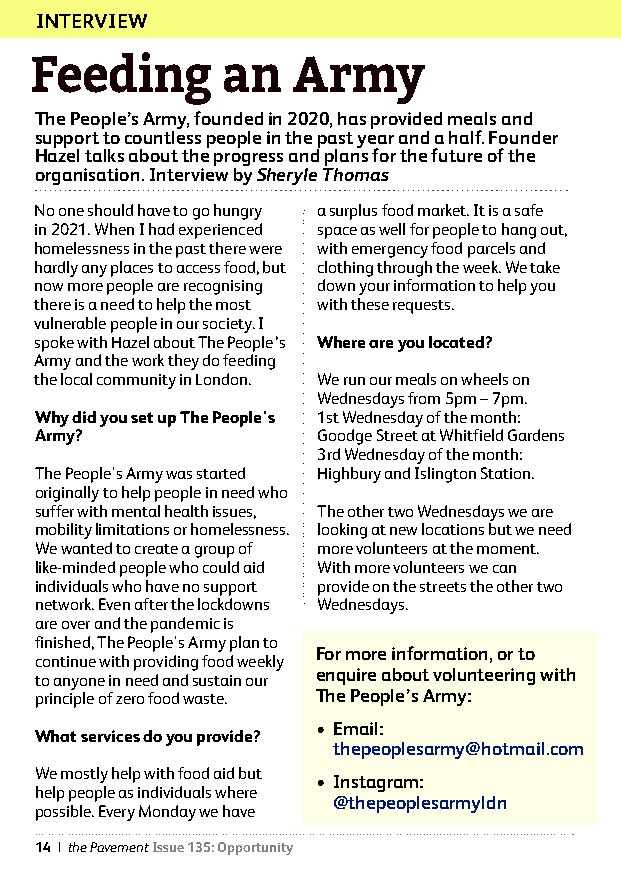
INTERVIEW
 Feeding      an  Army
 The People’s Army, founded in 2020, has provided meals and
 support to countless people in the past year and a half. Founder
 Hazel talks about the progress and plans for the future of the
 organisation. Interview by Sheryle Thomas
 No one should have to go hungry a surplus food market. It is a safe
 in 2021. When I had experienced space as well for people to hang out,
 homelessness in the past there were with emergency food parcels and
 hardly any places to access food, but clothing through the week. We take
 now more people are recognising down your information to help you
 there is a need to help the most with these requests.
 vulnerable people in our society. I
 spoke with Hazel about The People’s Where are you located?
 Army and the work they do feeding
 the local community in London. We run our meals on wheels on
 Wednesdays from 5pm – 7pm.
 Why did you set up The People's 1st Wednesday of the month:
 Army?              Goodge Street at Whitfield Gardens
 3rd Wednesday of the month:
 The People's Army was started Highbury and Islington Station.
 originally to help people in need who
 suffer with mental health issues, The other two Wednesdays we are
 mobility limitations or homelessness. looking at new locations but we need
 We wanted to create a group of more volunteers at the moment.
 like-minded people who could aid With more volunteers we can
 individuals who have no support provide on the streets the other two
 network. Even after the lockdowns Wednesdays.
 are over and the pandemic is
 finished, The People's Army plan to
 For more information, or to
 continue with providing food weekly
 to anyone in need and sustain our enquire about volunteering with
 principle of zero food waste. The People’s Army:
 • Email:
 What services do you provide?
 thepeoplesarmy@hotmail.com
 We mostly help with food aid but
 • Instagram:
 help people as individuals where
 @thepeoplesarmyldn
 possible. Every Monday we have
 14 | the Pavement Issue 135: Opportunity